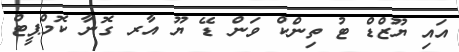
އައި ޔޫޒްޑް ޓު ތިންކް ވަން ޑޭ ޔޫ އާރ ގޮނާ ކޮމްޕީޓް